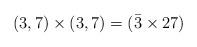
LaTeX: \begin{align*}( 3, 7) \times ( 3, 7) = (\bar{3} \times 27 )\end{align*}